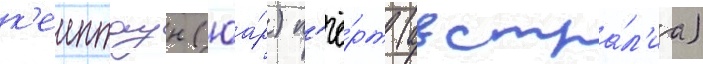
к'еиптаун (юа́р) п'ё́рт (австра́л'иа)